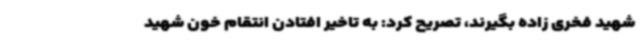
شهید فخری زاده بگیرند، تصریح کرد: به تاخیر افتادن انتقام خون شهید